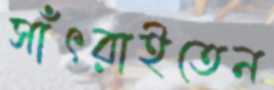
সাঁৎরাইতেন